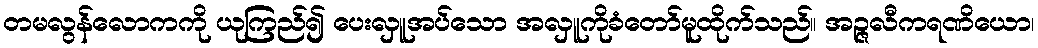
တမလွန်လောကကို ယုကြည်၍ ပေးလှူအပ်သော အလှူကိုခံတော်မူထိုက်သည်။ အဉ္ဇလီကရဏိယော၊